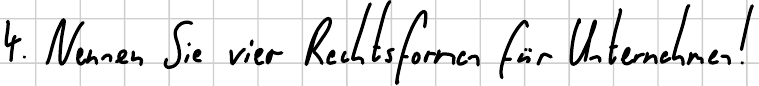
4 Nennen Sie vier Rechtsformen für Unternehmen!